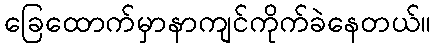
ခြေထောက်မှာနာကျင်ကိုက်ခဲနေတယ်။